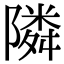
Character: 隣